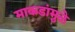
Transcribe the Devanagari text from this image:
माकडांमुळे